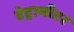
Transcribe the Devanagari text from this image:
टेट्रामीटर